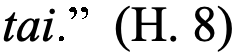
tai.” (H. 8)